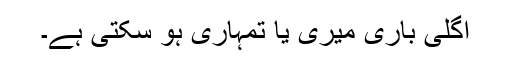
اگلی باری میری یا تمہاری ہو سکتی ہے۔